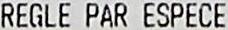
REGLE PAR ESPECE